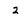
Character: 3